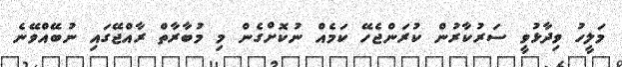
މަލީހު ވިދާޅުވީ ސަރުކާރުން ކުރަންޖެހޭ ކަމެއް ނުކޮށްގެން މި މުބާރާތް ރާއްޖޭގައި ނުބޭއްވޭނެ